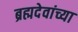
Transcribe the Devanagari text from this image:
ब्रह्मदेवांच्या